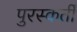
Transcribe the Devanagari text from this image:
पुरस्कर्ती